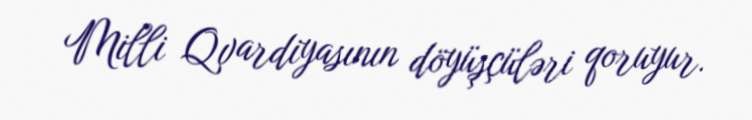
Milli Qvardiyasının döyüşçüləri qoruyur.